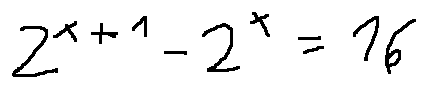
2 ^ { x + 1 } - 2 ^ { x } = 1 6